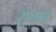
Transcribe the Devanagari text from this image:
सुनंदन